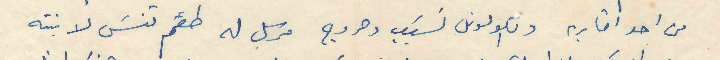
من احد اقاربه والكولونل نسيب دحروج مرسل له طقم تنس لابنته